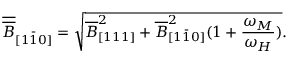
\overline { { \overline { { B } } } } _ { [ 1 \bar { 1 } 0 ] } = \sqrt { \overline { { B } } _ { [ 1 1 1 ] } ^ { 2 } + \overline { { B } } _ { [ 1 \bar { 1 } 0 ] } ^ { 2 } ( 1 + \frac { \omega _ { M } } { \omega _ { H } } ) } .